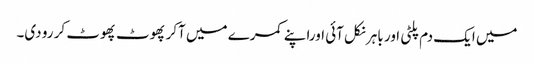
میں ایک دم پلٹی اور باہر نکل آئی اوراپنے کمرے میں آکر پھوٹ پھوٹ کر رو دی۔